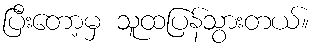
ပြီးတော့မှ သူထပြန်သွားတယ်။